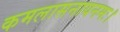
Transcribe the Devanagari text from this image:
कमलासनायनमः।